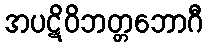
အပဋိဝိဘတ္တဘောဂီ